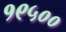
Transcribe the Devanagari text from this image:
१९५००